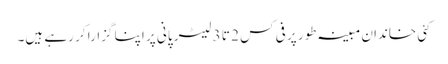
کئی خاندان مبینہ طور پر فی کس 2 تا 3 لیٹر پانی پر اپنا گزارا کر رہے ہیں۔